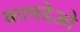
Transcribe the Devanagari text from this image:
कामदेओ